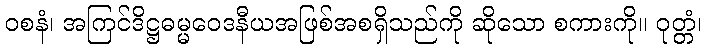
ဝစနံ၊ အကြင်ဒိဋ္ဌဓမ္မဝေဒနီယအဖြစ်အစရှိသည်ကို ဆိုသော စကားကို။ ဝုတ္တံ၊